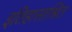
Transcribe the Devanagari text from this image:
इतिहासाश्रित